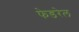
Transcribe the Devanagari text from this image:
फेडरेल